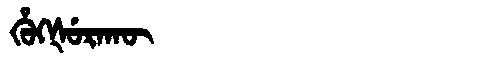
Manchu: ᡥᡠᡴᡧᡠᡵᠠᡴᡡ
Romanization: HUKŠURAKŪ